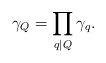
LaTeX: \begin{align*}\gamma_Q = \prod_{q\mid Q} \gamma_q .\end{align*}